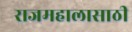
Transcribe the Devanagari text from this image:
राजमहालासाठी